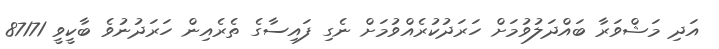
އަދި މަޝްވަރާ ބައްދަލުވުމަށް ހަރަދުކުރެއްވުމަށް ނެގި ފައިސާގެ ތެރެއިން ހަރަދުނުވެ ބާކީވީ 87171